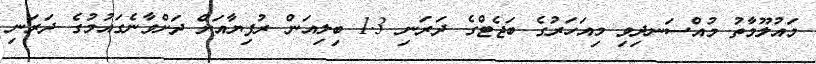
މައުލޫމާތު މުއްސަނދިވި މިއަހަރުގެ ބަޖެޓްގެ ދަރަނި 1.3 ބިލިއަން ރުފިޔާއަށް ދަށްވާނެގައުމުގެ ދަރަނި